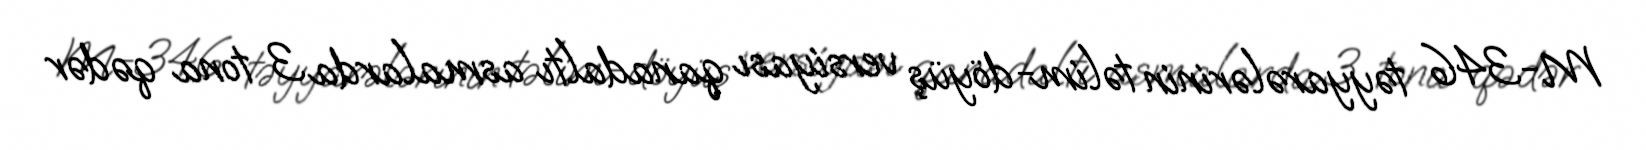
M-346 təyyarələrinin təlim-döyüş versiyası qanadaltı asmalarda 3 tona qədər